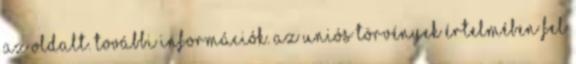
az oldalt. További információk. Az Uniós törvények értelmében fel